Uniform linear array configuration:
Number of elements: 32
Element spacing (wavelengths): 0.25
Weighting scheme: cosine
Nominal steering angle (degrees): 30
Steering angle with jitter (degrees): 31.612
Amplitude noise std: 0.05
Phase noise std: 0.05

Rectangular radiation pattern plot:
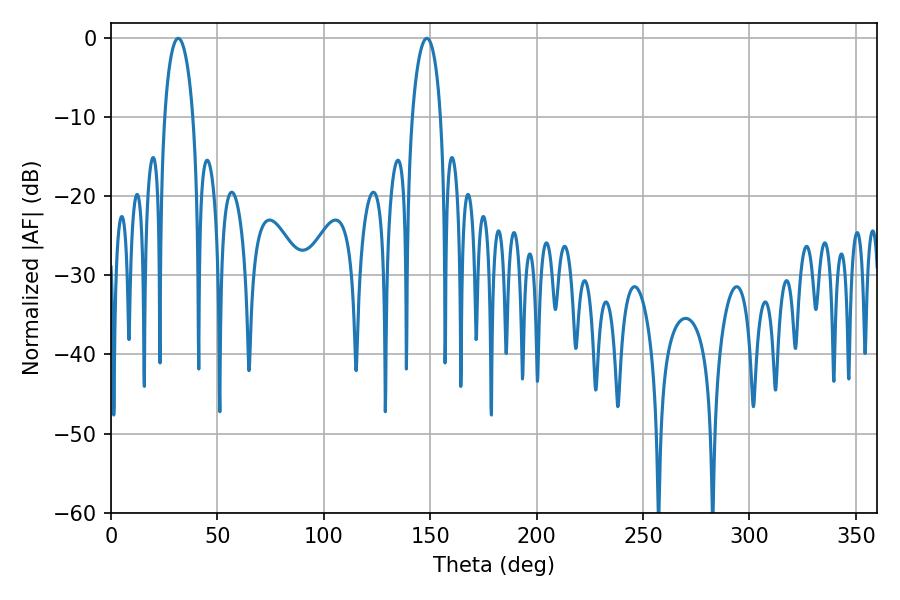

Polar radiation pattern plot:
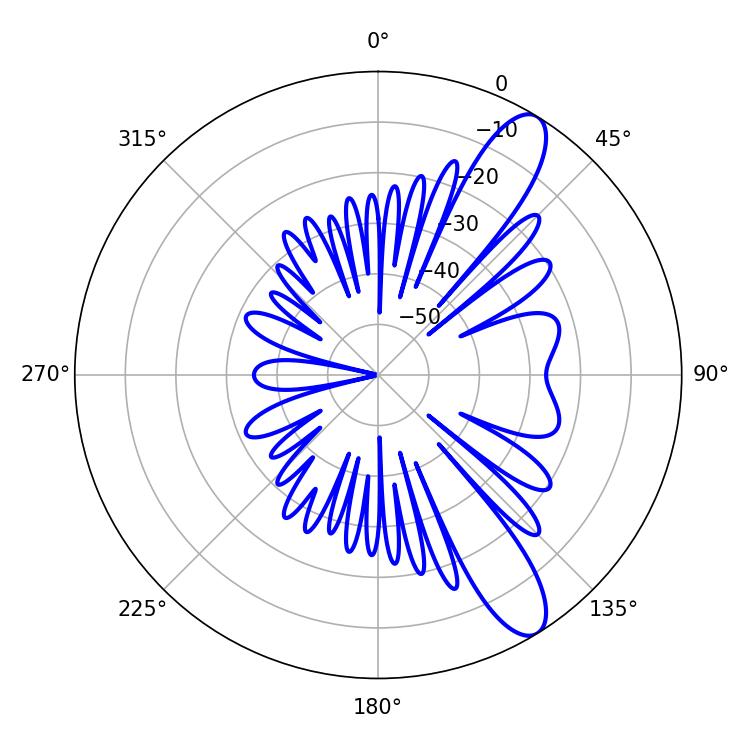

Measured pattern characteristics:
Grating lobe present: FALSE
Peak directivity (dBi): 11.077
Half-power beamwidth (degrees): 7.56
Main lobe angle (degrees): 31.5